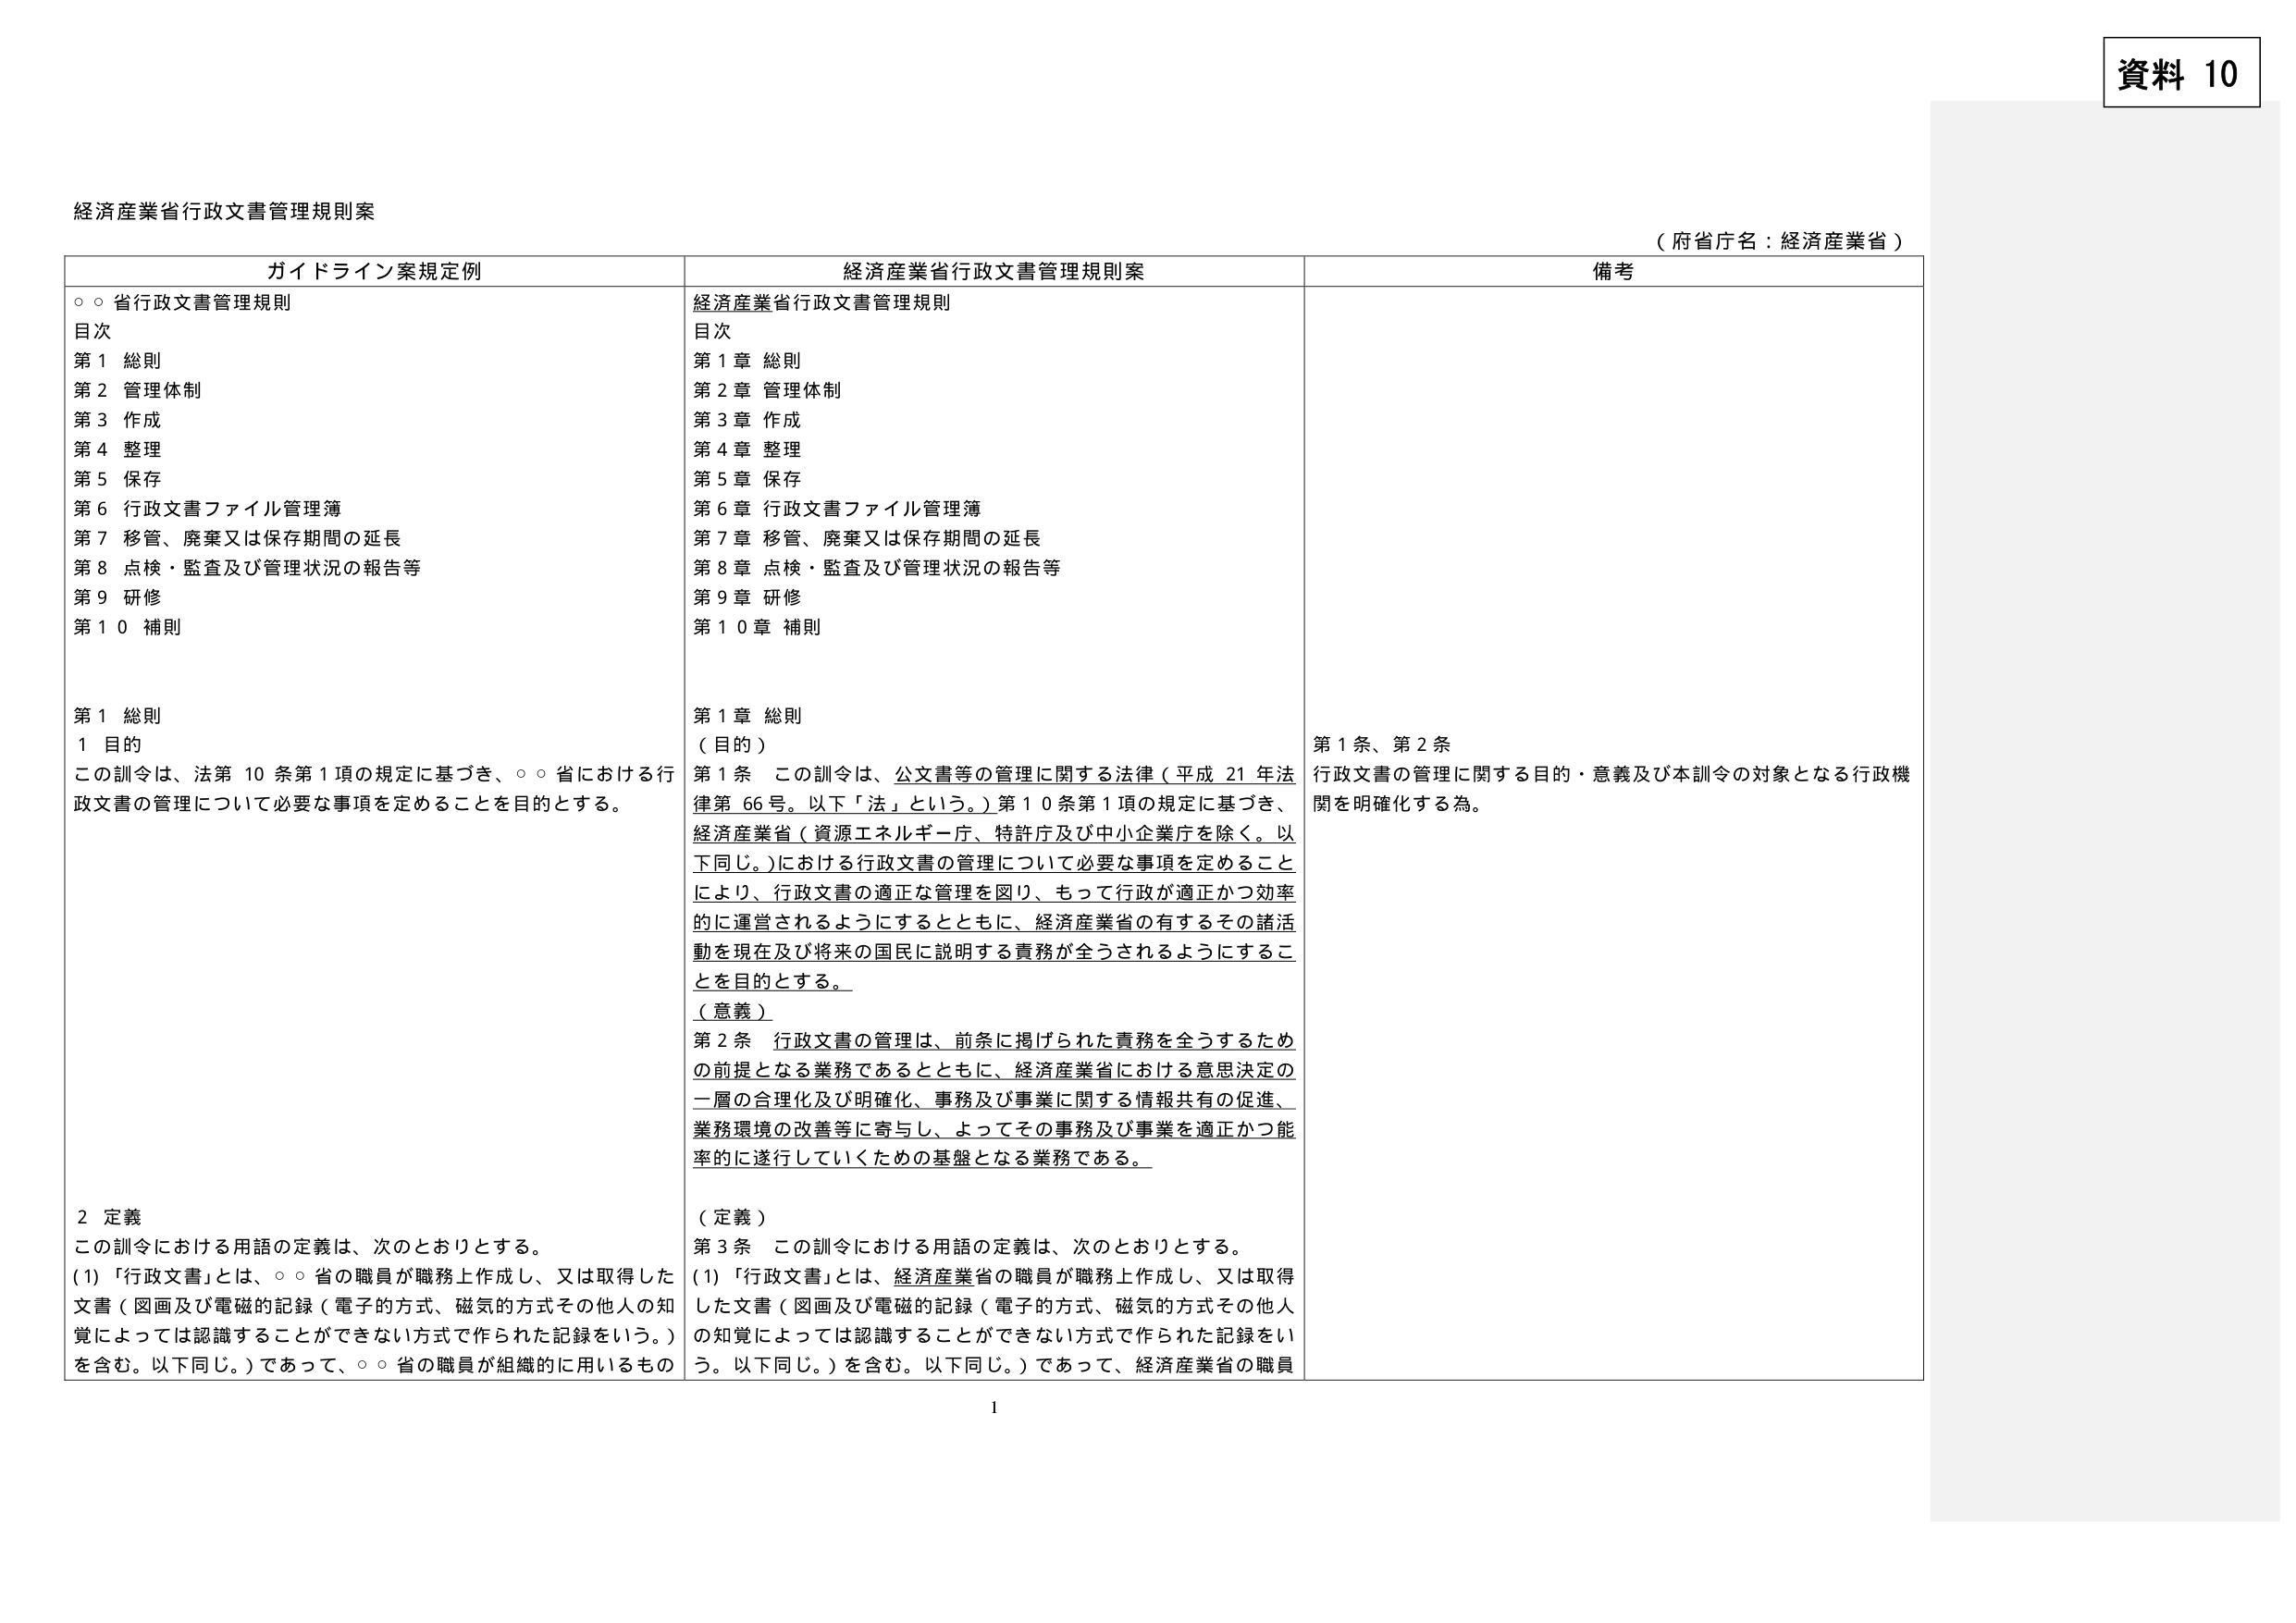
資料 10

経済産業省行政文書管理規則案

（府省庁名：経済産業省）

ガイドライン案規定例

○○省行政文書管理規則
目次
第１ 総則
第２ 管理体制
第３ 作成
第４ 整理
第５ 保存
第６ 行政文書ファイル管理簿
第７ 移管、廃棄又は保存期間の延長
第８ 点検・監査及び管理状況の報告等
第９ 研修
第１０ 補則

第１ 総則
１ 目的
この訓令は、法第10条第1項の規定に基づき、○○省における行政文書の管理について必要な事項を定めることを目的とする。

２ 定義
この訓令における用語の定義は、次のとおりとする。
(1) 「行政文書」とは、○○省の職員が職務上作成し、又は取得した文書（図画及び電磁的記録（電子的方式、磁気的方式その他人の知覚によっては認識することができない方式で作られた記録をいう。）を含む。以下同じ。）であって、○○省の職員が組織的に用いるもの

経済産業省行政文書管理規則案

経済産業省行政文書管理規則
目次
第１章 総則
第２章 管理体制
第３章 作成
第４章 整理
第５章 保存
第６章 行政文書ファイル管理簿
第７章 移管、廃棄又は保存期間の延長
第８章 点検・監査及び管理状況の報告等
第９章 研修
第１０章 補則

第１章 総則
（目的）
第１条 この訓令は、公文書等の管理に関する法律（平成21年法律第66号。以下「法」という。）第10条第1項の規定に基づき、経済産業省（資源エネルギー庁、特許庁及び中小企業庁を除く。以下同じ。）における行政文書の管理について必要な事項を定めることにより、行政文書の適正な管理を図り、もって行政が適正かつ効率的に運営されるようにするとともに、経済産業省の有するその諸活動を現在及び将来の国民に説明する責務が全うされるようにすることを目的とする。

（意義）
第２条 行政文書の管理は、前条に掲げられた責務を全うするための前提となる業務であるとともに、経済産業省における意思決定の一層の合理化及び明確化、事務及び事業に関する情報共有の促進、業務環境の改善等に寄与し、よってその事務及び事業を適正かつ能率的に遂行していくための基盤となる業務である。

（定義）
第３条 この訓令における用語の定義は、次のとおりとする。
(1) 「行政文書」とは、経済産業省の職員が職務上作成し、又は取得した文書（図画及び電磁的記録（電子的方式、磁気的方式その他人の知覚によっては認識することができない方式で作られた記録をいう。以下同じ。）を含む。以下同じ。）であって、経済産業省の職員

備考

第１条、第２条
行政文書の管理に関する目的・意義及び本訓令の対象となる行政機関を明確化する為。

1